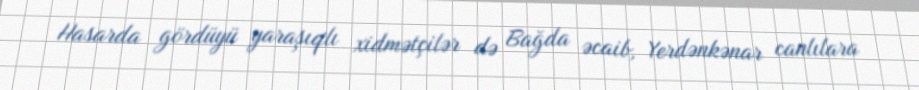
Hasarda gördüyü yaraşıqlı xidmətçilər də Bağda əcaib, Yerdənkənar canlılara